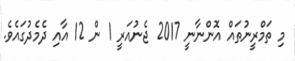
މި ތަމްރީނުތައް އޮންނާނީ 2017 ޖެނުއަރީ 1 ން 12 އާއި ދެމެދުގައެވެ.